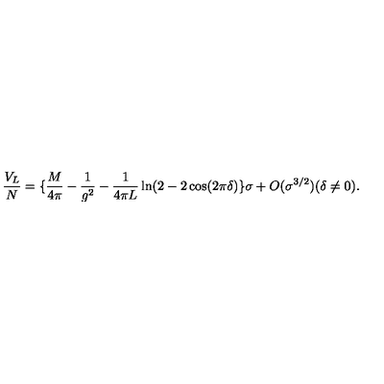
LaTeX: \frac { V _ { L } } { N } = \{ \frac { M } { 4 \pi } - \frac { 1 } { g ^ { 2 } } - \frac { 1 } { 4 \pi L } \ln ( 2 - 2 \cos ( 2 \pi \delta ) \} \sigma + O ( \sigma ^ { 3 / 2 } ) ( \delta \neq 0 ) .